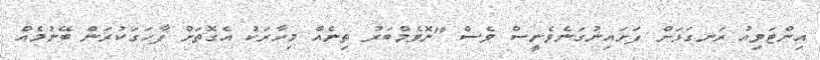
އިންޓަވިއު ރަނގަޅަށް ފަށައިނުގަނެވެނީސް ވެސް "ނޮވެމްބަރު ތިނެއް މިހާރަކު އެގޮތަށް ފާހަގަކުރަން ބޭނުމެއް